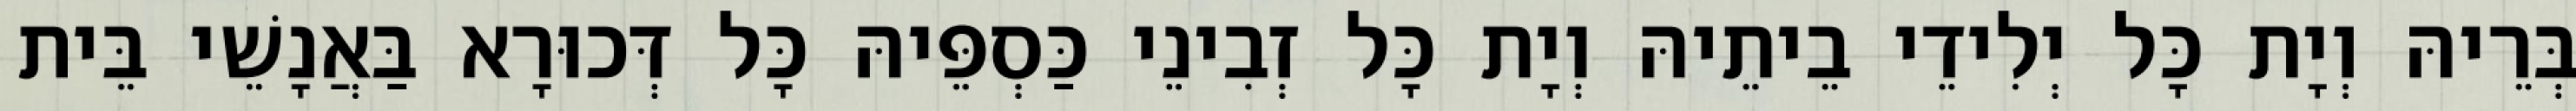
בְּרֵיהּ וְיָת כָּל יְלִידֵי בֵיתֵיהּ וְיָת כָּל זְבִינֵי כַּסְפֵּיהּ כָּל דְּכוּרָא בַּאֲנָשֵׁי בֵּית